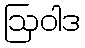
ဩဝါဒ